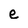
Character: e